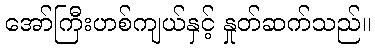
အော်ကြီးဟစ်ကျယ်နှင့် နှုတ်ဆက်သည်။